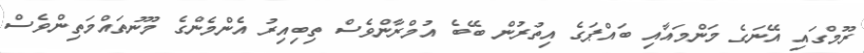
ރޫމްގައި އޭނަގެ މަންމައާއި ބައްޕަގެ އިތުރުން ބޭބެ އުމްރާންވެސް ތިބިއިރު އެންމެންގެ މޫނުތައްމަތިންވެސް